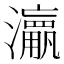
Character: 𱪅